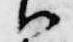
御